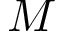
M